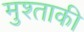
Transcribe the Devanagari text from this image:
मुश्ताकी